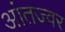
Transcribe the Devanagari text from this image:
आंतज्वर